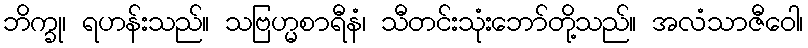
ဘိက္ခု၊ ရဟန်းသည်။ သဗြဟ္မစာရီနံ၊ သီတင်းသုံးဘော်တို့သည်။ အလံသာဇီဝေါ၊